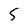
Character: 5